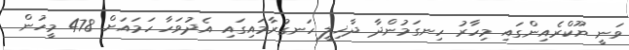
ވަނީ ޔޫކްރެއިންގައި މިހާރު ހިނގަމުންދާ ދާޚިލީ ހަނގުރާމައިގައި އެދުވަހާ ހަމައަށް 478 މީހުން